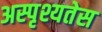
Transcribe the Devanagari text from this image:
अस्पृश्यतेस